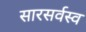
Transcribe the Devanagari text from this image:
सारसर्वस्व